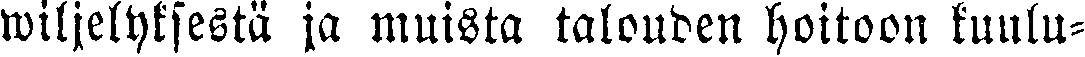
wiljelyksestä ja muista talouden hoitoon kuulu-